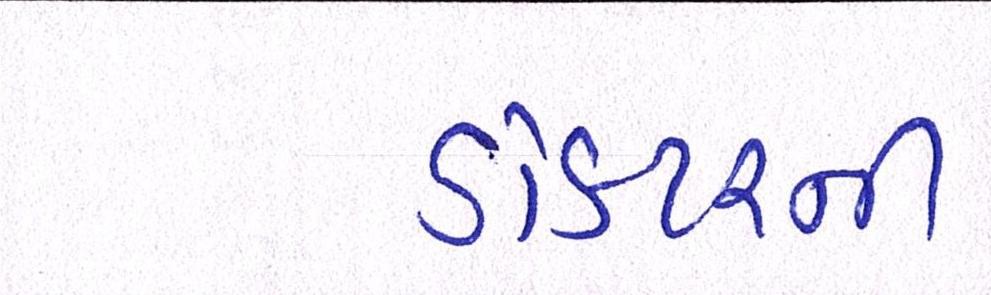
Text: ડોકટરની